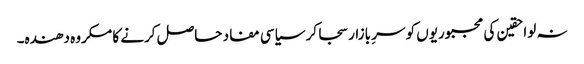
نہ لواحقین کی مجبوریوں کو سرِ بازار سجا کر سیاسی مفاد حاصل کرنے کا مکروہ دھندہ۔